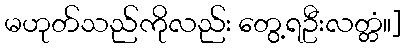
မဟုတ်သည်ကိုလည်း တွေ့ရဦးလတ္တံ။]